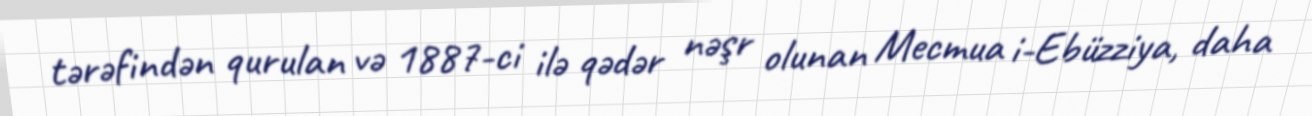
tərəfindən qurulan və 1887-ci ilə qədər nəşr olunan Mecmua i-Ebüzziya, daha